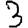
Digit: 3